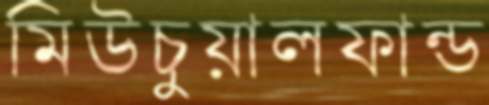
মিউচুয়ালফান্ড